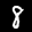
Digit: 8